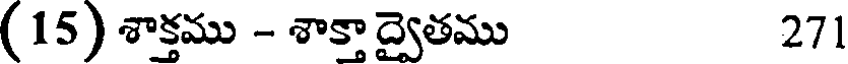
(15) శాక్తము - శాక్తాద్వైతము 271